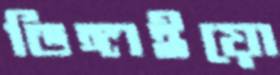
ডিঙ্গাইয়ো